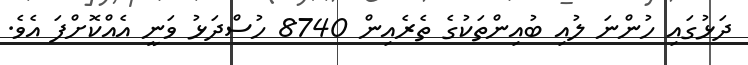
ދަޅުގައި ހުންނަ ލުއި ބުއިންތަކުގެ ތެރެއިން 8740 ހުސްދަޅު ވަނީ އެއްކޮށްފަ އެވެ.